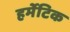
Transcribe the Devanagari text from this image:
हर्मेटिक